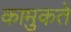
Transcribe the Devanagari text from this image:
कामुकते